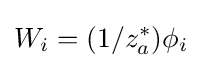
W_{i}=(1/z_{a}^{*})\phi _{i}